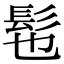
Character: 髢